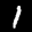
Label: 1